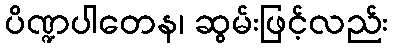
ပိဏ္ဍပါတေန၊ ဆွမ်းဖြင့်လည်း